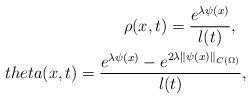
LaTeX: \begin{align*}\rho(x,t)=\frac{e^{\lambda\psi(x)}}{l(t)},\ \ \\theta(x,t)=\frac{e^{\lambda\psi(x)}-e^{2\lambda\|\psi(x)\|_{C({\Omega})}}}{l(t)},\end{align*}